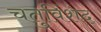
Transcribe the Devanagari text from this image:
चतुविंशद्